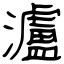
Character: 瀘